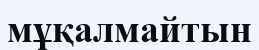
мұқалмайтын